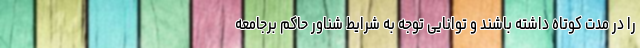
را در مدت کوتاه داشته باشند و توانایی توجه به شرایط شناور حاکم برجامعه